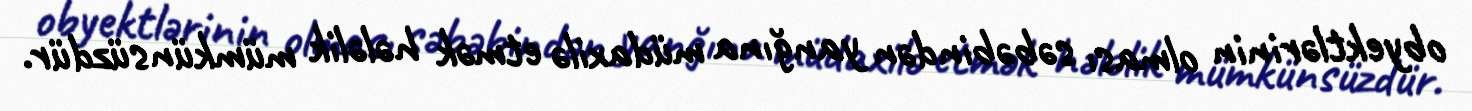
obyektlərinin olması səbəbindən yanğına müdaxilə etmək hələlik mümkünsüzdür.